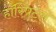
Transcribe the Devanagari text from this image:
हॉस्पिटल